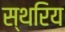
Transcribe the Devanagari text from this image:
स्थरिय